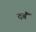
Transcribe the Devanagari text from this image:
दबैं